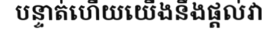
បន្ទាត់ហើយយើងនឹងផ្តល់វា